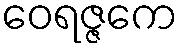
ဝေရဇ္ဇကေ